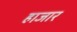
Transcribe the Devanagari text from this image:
हाजार